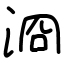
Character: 浻